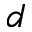
d